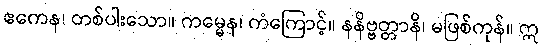
ဧကေန၊ တစ်ပါးသော။ ကမ္မေန၊ ကံကြောင့်။ နနိဗ္ဗတ္တာနိ၊ မဖြစ်ကုန်။ ဣ